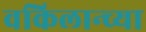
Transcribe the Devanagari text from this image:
वकिलान्च्या